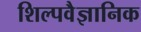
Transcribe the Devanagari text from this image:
शिल्पवैज्ञानिक